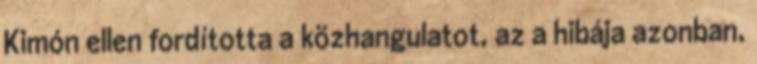
Kimón ellen fordította a közhangulatot, az a hibája azonban,